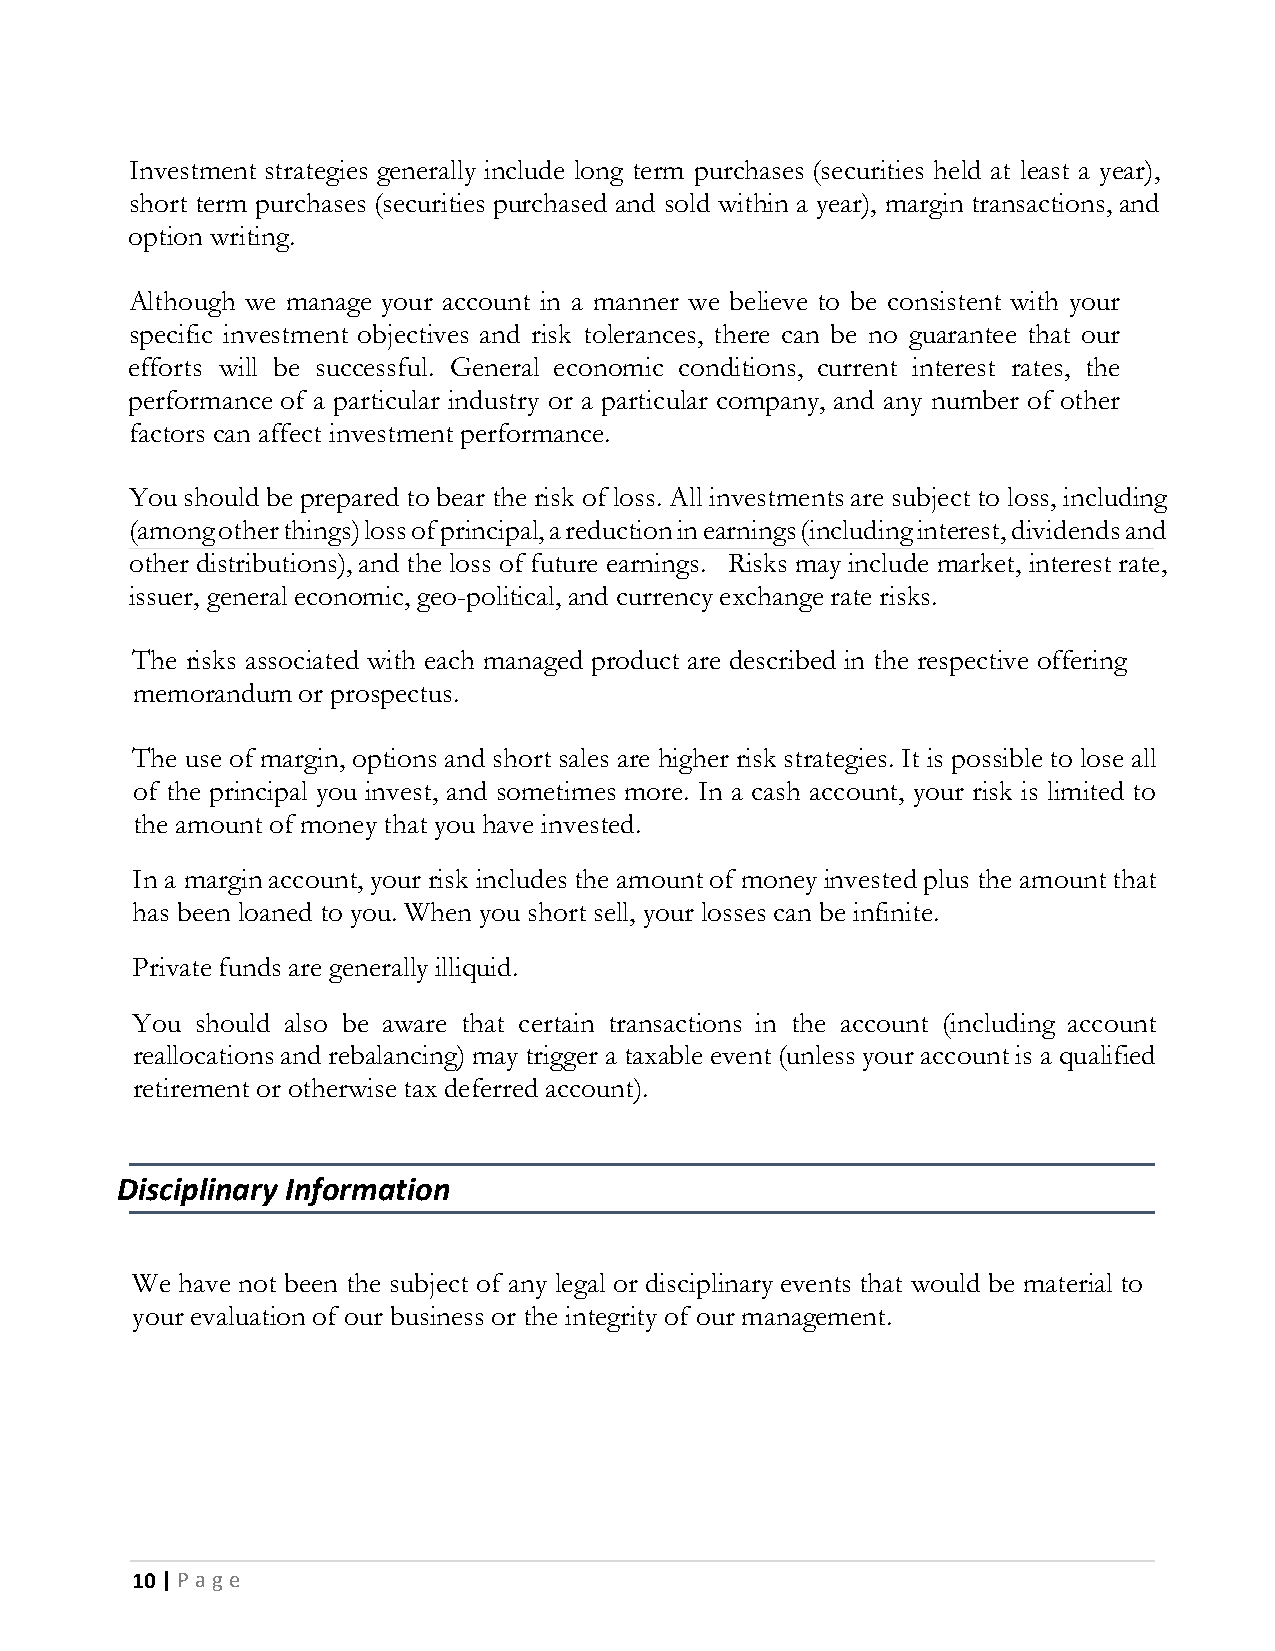
Investment strategies generally include long term purchases (securities held at least a year),
 short term purchases (securities purchased and sold within a year), margin transactions, and
 option writing.
 Although we manage your account in a manner we believe to be consistent with your
 specific investment objectives and risk tolerances, there can be no guarantee that our
 efforts will be successful. General economic conditions, current interest rates, the
 performance of a particular industry or a particular company, and any number of other
 factors can affect investment performance.
 You should be prepared to bear the risk of loss. All investments are subject to loss, including
 (among other things) loss of principal, a reduction in earnings (including interest, dividends and
 other distributions), and the loss of future earnings. Risks may include market, interest rate,
 issuer, general economic, geo-political, and currency exchange rate risks.
 The risks associated with each managed product are described in the respective offering
 memorandum or prospectus.
 The use of margin, options and short sales are higher risk strategies. It is possible to lose all
 of the principal you invest, and sometimes more. In a cash account, your risk is limited to
 the amount of money that you have invested.
 In a margin account, your risk includes the amount of money invested plus the amount that
 has been loaned to you. When you short sell, your losses can be infinite.
 Private funds are generally illiquid.
 You should also be aware that certain transactions in the account (including account
 reallocations and rebalancing) may trigger a taxable event (unless your account is a qualified
 retirement or otherwise tax deferred account).
 Disciplinary Information
 We have not been the subject of any legal or disciplinary events that would be material to
 your evaluation of our business or the integrity of our management.
 10 | P a g e